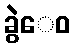
ခွဲေဝ